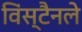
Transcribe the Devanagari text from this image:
विंस्टैनले